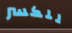
للكسر